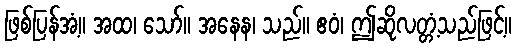
ဖြစ်ပြန်အံ့။ အထ၊ သော်။ အနေန၊ သည်။ ဧဝံ၊ ဤဆိုလတ္တံ့သည်ဖြင့်။